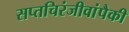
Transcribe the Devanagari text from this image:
सप्तचिरंजीवांपैकी